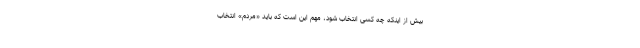
بیش از اینکه چه کسی انتخاب شود، مهم این است که باید «مردم» انتخاب